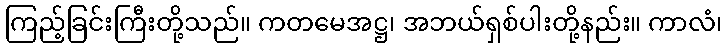
ကြည့်ခြင်းကြီးတို့သည်။ ကတမေအဋ္ဌ၊ အဘယ်ရှစ်ပါးတို့နည်း။ ကာလံ၊